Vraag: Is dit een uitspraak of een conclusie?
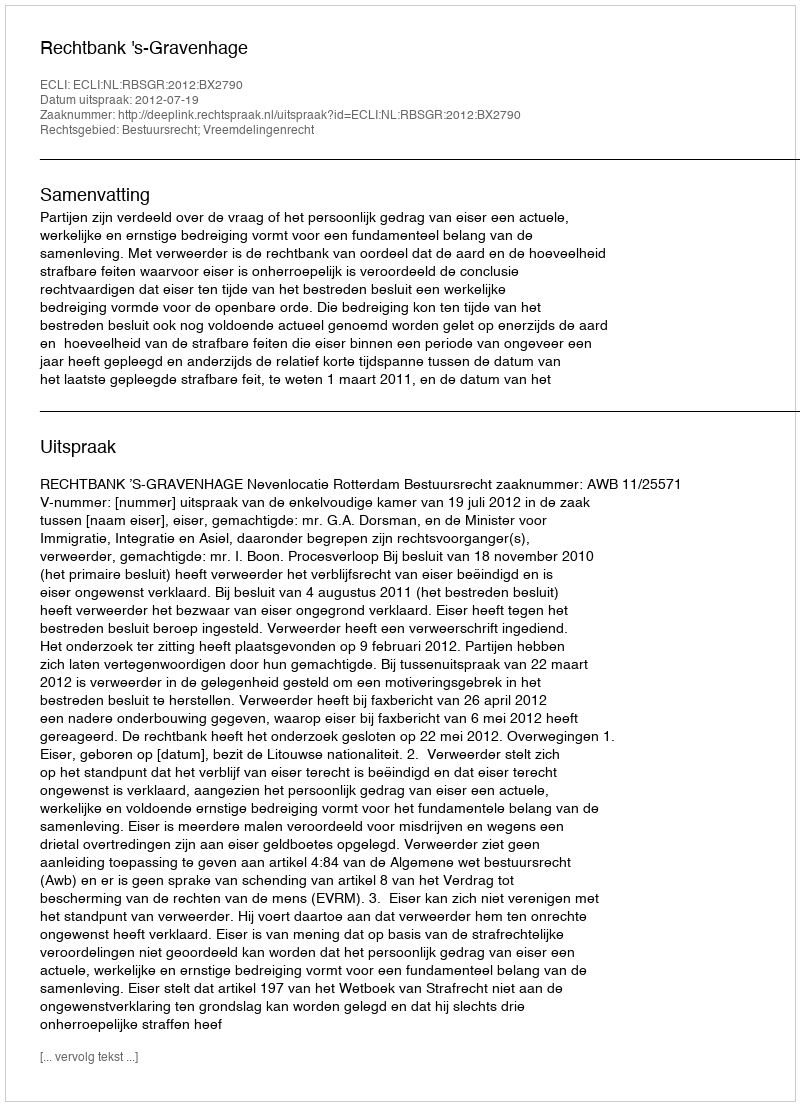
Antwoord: Uitspraak